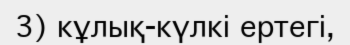
3) кұлық-күлкі ертегі,